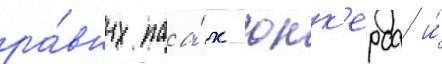
ра́вных паа́х юнк'ерса и́